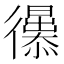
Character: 𢖚